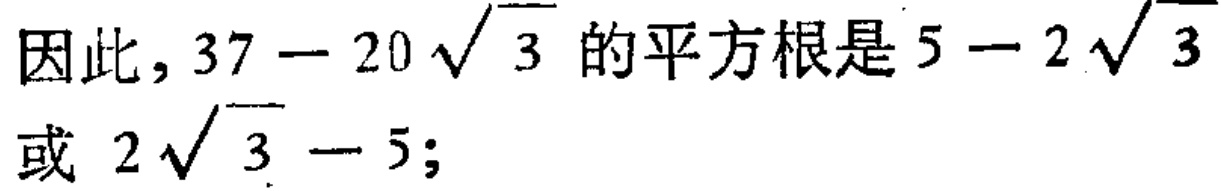
因此，\(37 - 20\sqrt{3}\)的平方根是\(5 - 2\sqrt{3}\)或 \(2\sqrt{3} - 5\)；